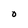
Character: O